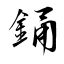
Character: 銿